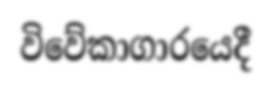
විවේකාගාරයෙදී